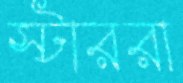
স্টাররা